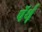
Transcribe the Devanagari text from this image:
पॅर्थ़